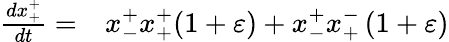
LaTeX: \begin{array}{rl}{\frac{dx_{+}^{+}}{dt}=}&{{}x_{-}^{+}x_{+}^{+}(1+\varepsilon)+x_{-}^{+}x_{+}^{-}\left(1+\varepsilon\right)}\end{array}